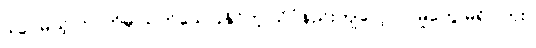
ဒါပေမယ့် ဘာကိုမှ သက်သေပြနိုင်တဲ့ သိပ္ပံနည်းကျလေ့လာမှုတွေ မရှိပါဘူး။